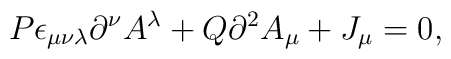
P\epsilon_{\mu\nu\lambda}\partial^\nu A^\lambda +Q\partial^2A_\mu +J_\mu=0,